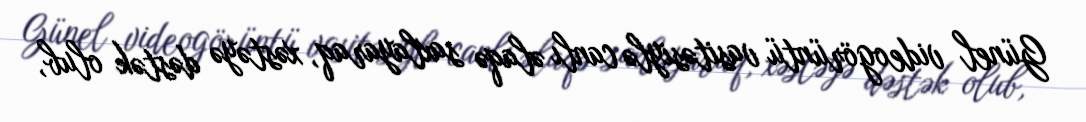
Günel videogörüntü vasitəsiylə canlı əlaqə saxlayaraq, xəstəyə dəstək olub,